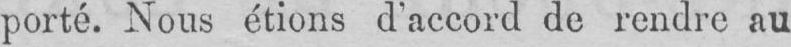
porté. Nous étions d’accord de rendre au